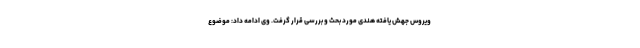
ویروس جهش یافته هندی مورد بحث و بررسی قرار گرفت. وی ادامه داد: موضوع